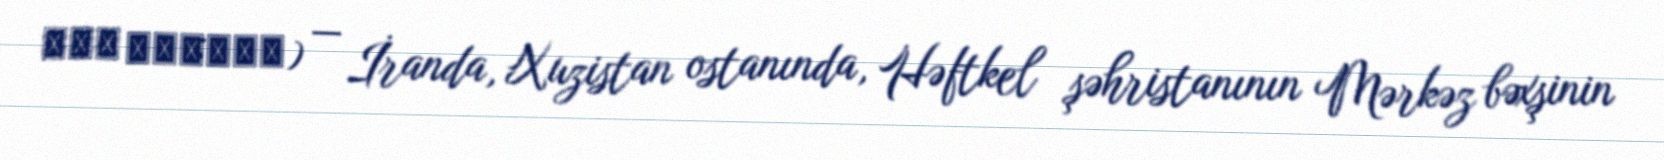
بنه خيراله) — İranda, Xuzistan ostanında, Həftkel şəhristanının Mərkəz bəxşinin